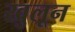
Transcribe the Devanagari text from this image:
खुलून